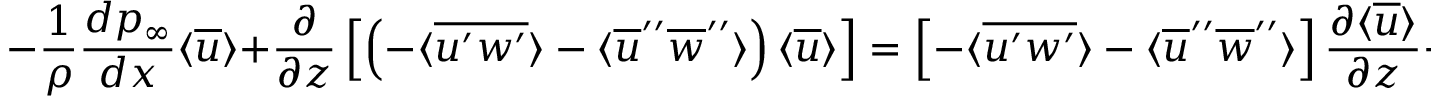
- \frac { 1 } { \rho } \frac { d p _ { \infty } } { d x } \langle \overline { { u } } \rangle + \frac { \partial } { \partial z } \left[ \left( - \langle \overline { { u ^ { \prime } w ^ { \prime } } } \rangle - \langle \overline { { u } } ^ { \prime \prime } \overline { { w } } ^ { \prime \prime } \rangle \right) \langle \overline { { u } } \rangle \right] = \left[ - \langle \overline { { u ^ { \prime } w ^ { \prime } } } \rangle - \langle \overline { { u } } ^ { \prime \prime } \overline { { w } } ^ { \prime \prime } \rangle \right] \frac { \partial \langle \overline { { u } } \rangle } { \partial z } - \langle \overline { { f _ { T } } } \rangle \langle \overline { { u } } \rangle .